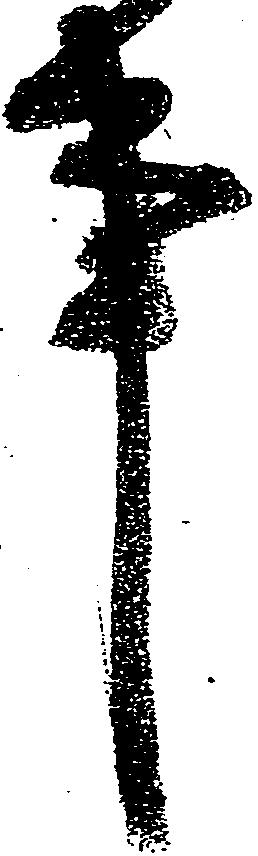
事